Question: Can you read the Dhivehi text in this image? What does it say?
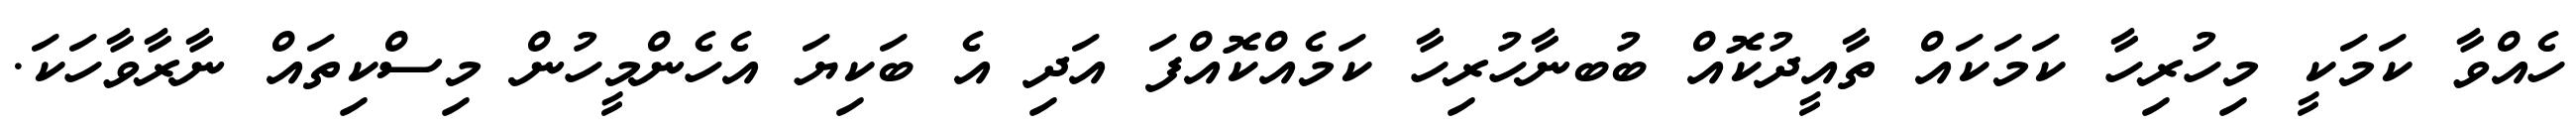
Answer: ހެއްވާ ކަމަކީ މިހުރިހާ ކަމަކައް ތާއީދުކޮއް ބުބނާހުރިހާ ކަމެއްކޮއްފަ އަދި އެ ބަކިޔަ އެހެންމީހުން މިސްކިތައް ނާރާވާހަކަ.